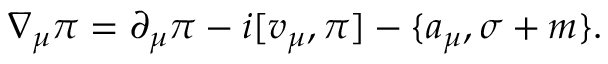
\nabla _ { \mu } \pi = \partial _ { \mu } \pi - i [ v _ { \mu } , \pi ] - \{ a _ { \mu } , \sigma + m \} .